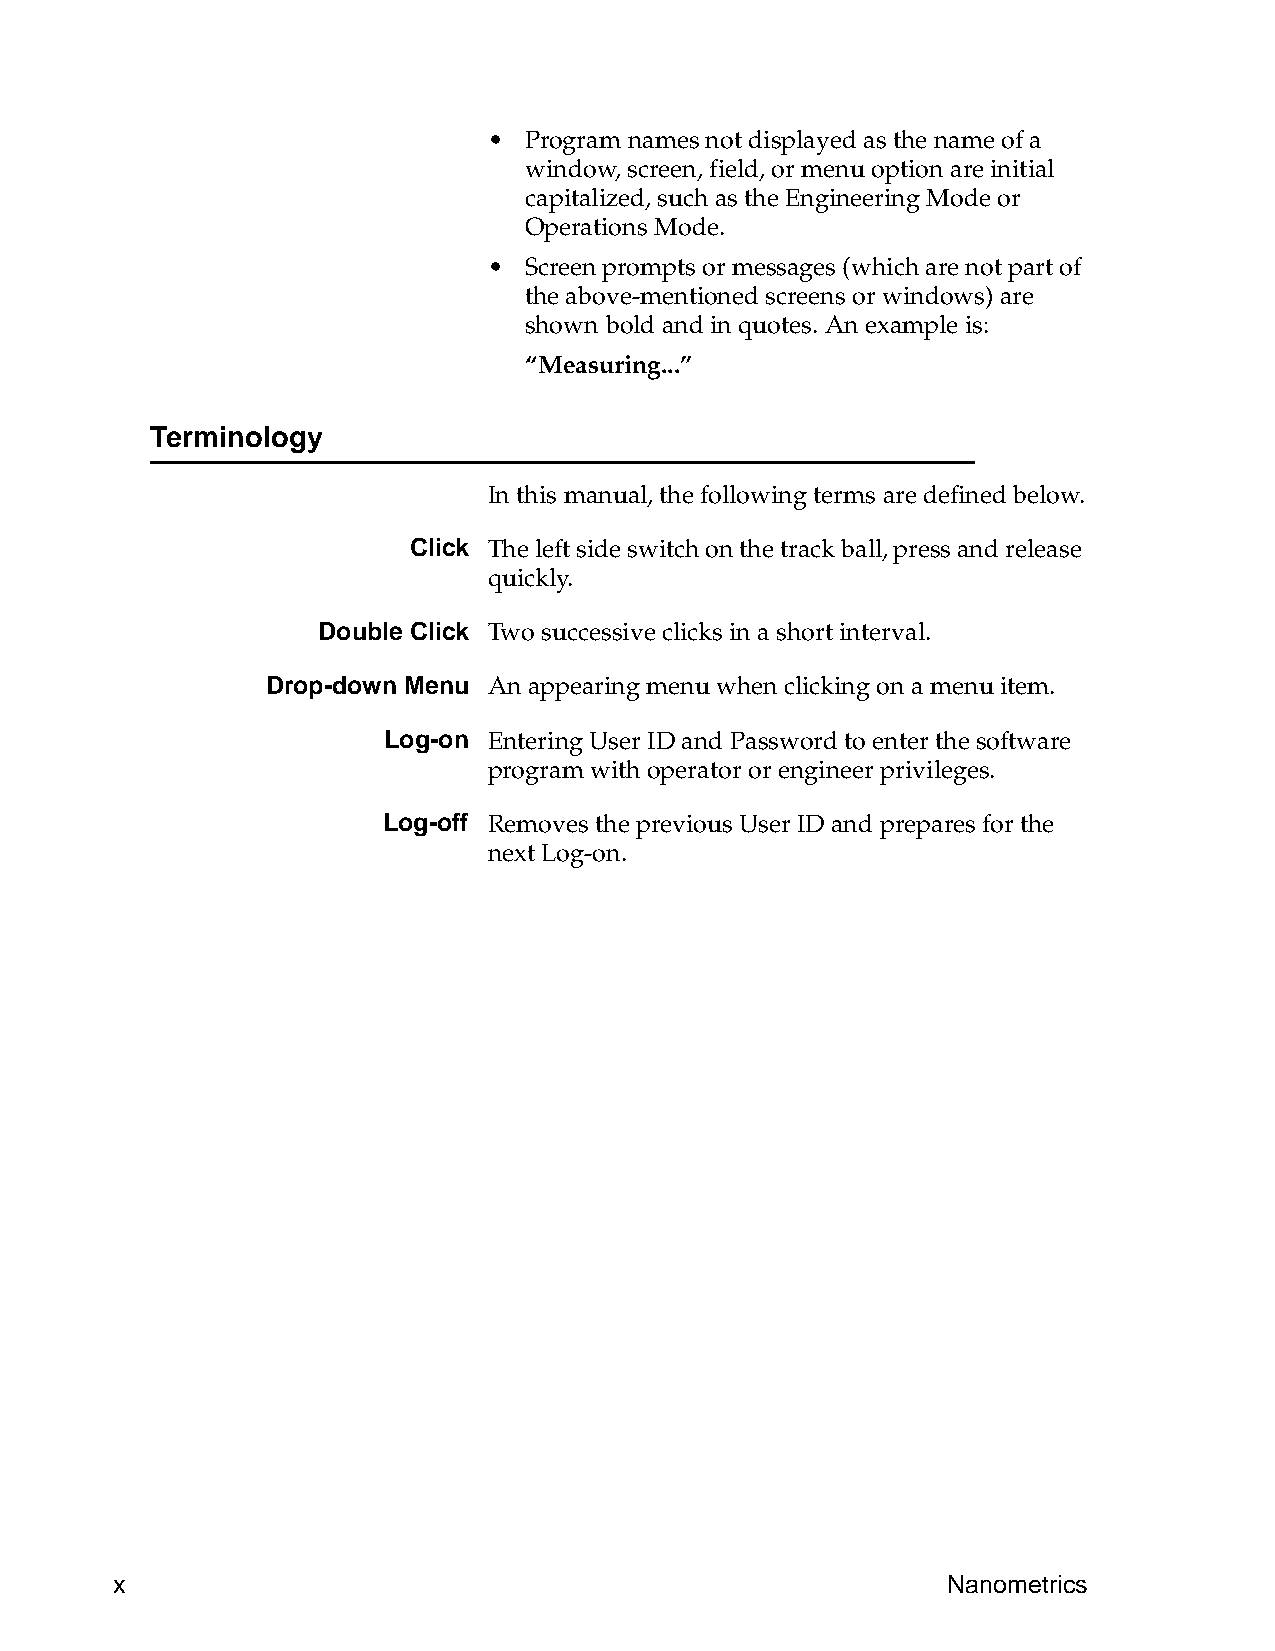
•  Program names not displayed as the name of a
 window, screen, field, or menu option are initial
 capitalized, such as the Engineering Mode or
 Operations Mode.
 •  Screen prompts or messages (which are not part of
 the above-mentioned screens or windows) are
 shown bold and in quotes. An example is:
 “Measuring...”
 Terminology
 In this manual, the following terms are defined below.
 Click The left side switch on the track ball, press and release
 quickly.
 Double Click Two successive clicks in a short interval.
 Drop-down Menu An appearing menu when clicking on a menu item.
 Log-on Entering User ID and Password to enter the software
 program with operator or engineer privileges.
 Log-off Removes the previous User ID and prepares for the
 next Log-on.
 x                                                       Nanometrics